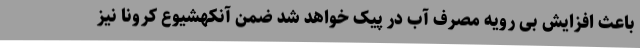
باعث افزایش بی رویه مصرف آب در پیک خواهد شد ضمن آنکهشیوع کرونا نیز